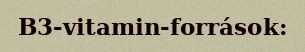
B3-vitamin-források: